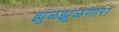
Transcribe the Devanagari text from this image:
झुळझुळणारा